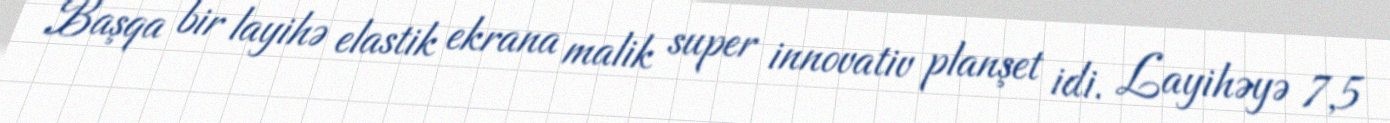
Başqa bir layihə elastik ekrana malik super innovativ planşet idi. Layihəyə 7,5